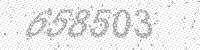
Solution: 658503